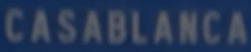
CASABLANCA